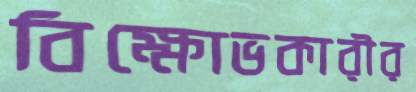
বিক্ষোভকারীর